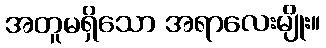
အတူမရှိသော အရာလေးမျိုး။